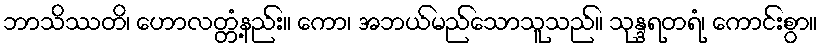
ဘာသိဿတိ၊ ဟောလတ္တံ့နည်း။ ကော၊ အဘယ်မည်သောသူသည်။ သုန္ဒရတရံ၊ ကောင်းစွာ။